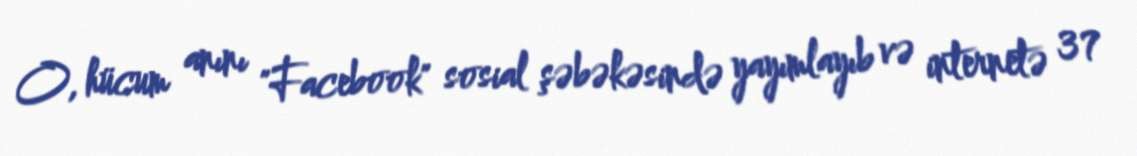
O, hücum anını "Facebook" sosial şəbəkəsində yayımlayıb və internetə 37